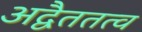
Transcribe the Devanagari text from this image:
अद्वैततत्व